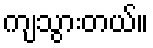
ကျသွားတယ်။